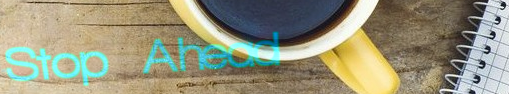
Stop Ahead